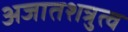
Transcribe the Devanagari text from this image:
अजातशत्रुत्व